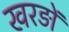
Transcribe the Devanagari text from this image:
खरड़ों